Scottish Leaving Certificate Examination, 1961
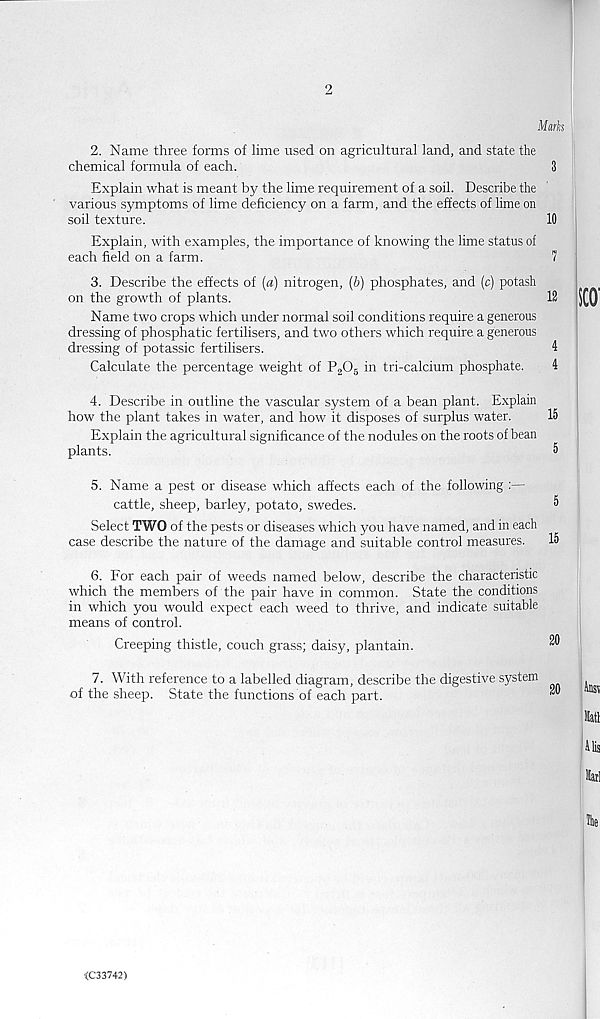
2
Mark
2. Name three forms of lime used on agricultural land, and state the
chemical formula of each.
3
Explain what is meant by the lime requirement of a soil. Describe the
various symptoms of lime deficiency on a farm, and the effects of lime on
soil texture.
10
Explain, with examples, the importance of knowing the lime status of
each field on a farm.
7
3. Describe the effects of (a) nitrogen, (b) phosphates, and (c) potash
on the growth of plants.
12
Name two crops which under normal soil conditions require a generous
dressing of phosphatic fertilisers, and two others which require a generous
dressing of potassic fertilisers.
1
Calculate the percentage weight of P 2 0 5 in tri-calcium phosphate.
4
SCO'
4. Describe in outline the vascular system of a bean plant. Explain
how the plant takes in water, and how it disposes of surplus water.
15
Explain the agricultural significance of the nodules on the roots of bean
plants.
5
5. Name a pest or disease which affects each of the following :—
cattle, sheep, barley, potato, swedes.
®
Select TWO of the pests or diseases which you have named, and in each
case describe the nature of the damage and suitable control measures.
15
6. For each pair of weeds named below, describe the characteristic
which the members of the pair have in common. State the conditions
in which you would expect each weed to thrive, and indicate suitable
means of control.
Creeping thistle, couch grass; daisy, plantain.
7. With reference to a labelled diagram, describe the digestive system
of the sheep. State the functions of each part.
^ ^
Hatl
Uis
Marl
the
<C33742)